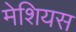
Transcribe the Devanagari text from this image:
मेशियस